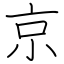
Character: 京